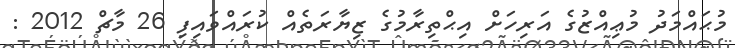
މުޙައްމަދު މުޢިއްޒުގެ އަރިހަށް އިޙްތިރާމުގެ ޒިޔާރަތެއް ކުރައްވައިފި 26 މާޗް 2012 :